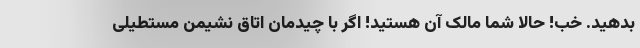
بدهید. خب! حالا شما مالک آن هستید! اگر با چیدمان اتاق نشیمن مستطیلی